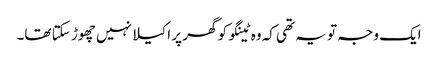
ایک وجہ تو یہ تھی کہ وہ ٹینگو کو گھر پر اکیلا نہیں چھوڑ سکتا تھا۔